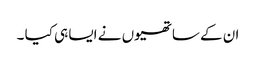
ان کے ساتھیوں نے ایسا ہی کیا ۔